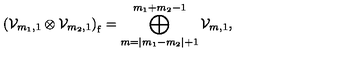
\left( { \cal V } _ { m _ { 1 } , 1 } \otimes { \cal V } _ { m _ { 2 } , 1 } \right) _ { \mathrm f } = \bigoplus _ { m = | m _ { 1 } - m _ { 2 } | + 1 } ^ { m _ { 1 } + m _ { 2 } - 1 } { \cal V } _ { m , 1 } ,